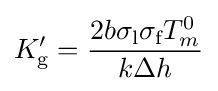
K_{\text{g}}^{\prime }={2b\sigma _{\text{l}}\sigma _{\text{f}}T_{m}^{0} \over k\Delta h}